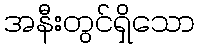
အနီးတွင်ရှိသော